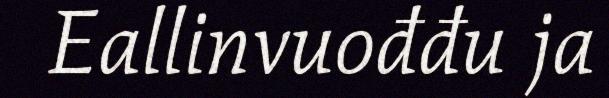
Eallinvuođđu ja